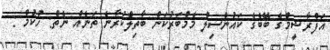
އަފްރާޝީމްގެ ބޭބެގެ ކައުންސިލް މެމްބަރުކަން ބާތިލްކުރާނެ ތަނެއް ނެތް: ހުކުމް :